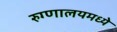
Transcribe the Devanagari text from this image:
रुग्णालयमध्ये